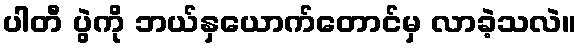
ပါတီ ပွဲကို ဘယ်နှယောက်တောင်မှ လာခဲ့သလဲ။